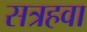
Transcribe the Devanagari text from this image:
सत्रहवा